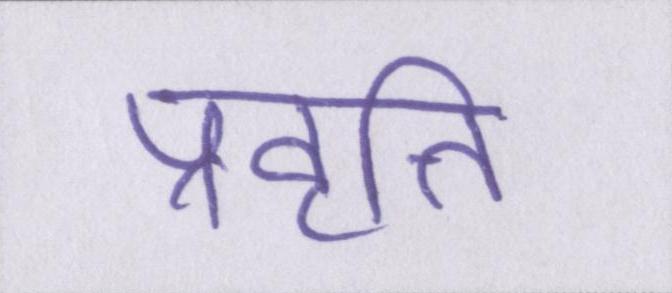
प्रवृत्ति